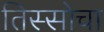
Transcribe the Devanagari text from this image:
तिस्सोचा